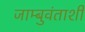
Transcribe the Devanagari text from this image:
जाम्बुवंताशी